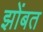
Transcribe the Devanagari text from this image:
झोंबत